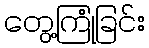
တွေ့ကြုံခြင်း